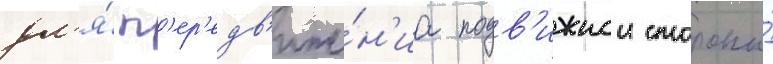
дл'я́ п'ер'едв'иже́н'иа подв'ижнои стороны́